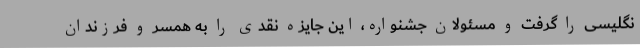
نگلیسی را گرفت و مسئولان جشنواره، این جایزه نقدی را به همسر و فرزندان